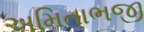
અમિતાભજી